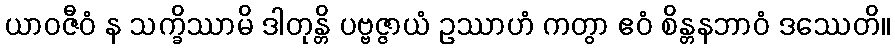
ယာဝဇီဝံ န သက္ခိဿာမိ ဒါတုန္တိ ပဗ္ဗဇ္ဇာယံ ဥဿာဟံ ကတွာ ဧဝံ စိန္တနဘာဝံ ဒဿေတိ။